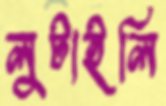
লুটাইলি